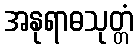
အနုရာဓသုတ္တံ